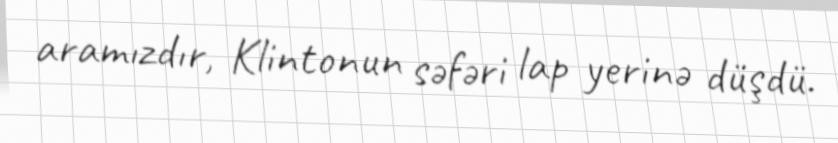
aramızdır, Klintonun səfəri lap yerinə düşdü.